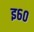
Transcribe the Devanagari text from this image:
इ६०